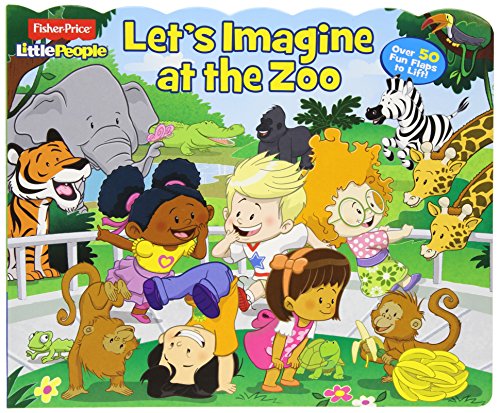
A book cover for Fisher-Price Little People: Let's Imagine at the Zoo (Lift-the-Flap); Fisher-Price; Children's Books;